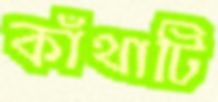
কাঁথাটি